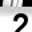
Digit: 2